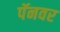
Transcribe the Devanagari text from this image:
पॅनवर